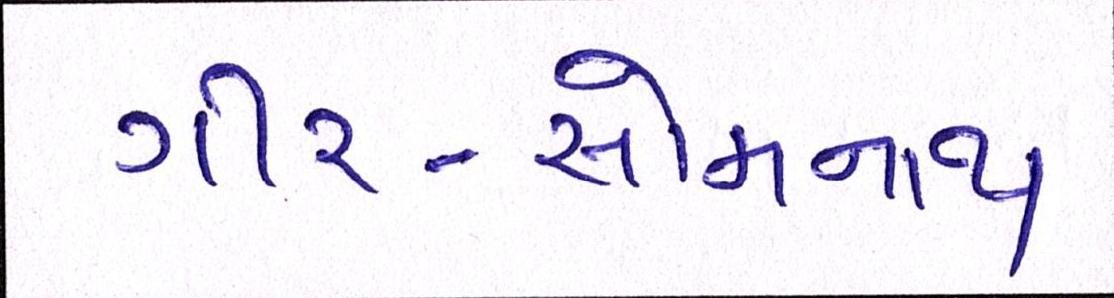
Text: ગીર-સોમનાથ